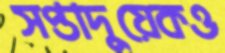
সপ্তাদুয়েকও